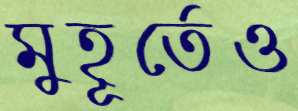
মুহূর্তেও